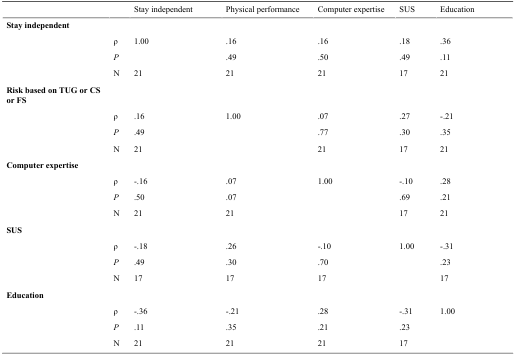
<table><thead><tr><td></td><td></td><td><b>Stay independent</b></td><td><b>Physical performance</b></td><td><b>Computer expertise</b></td><td><b>SUS</b></td><td><b>Education</b></td></tr></thead><tbody><tr><td><b>Stay independent</b></td><td></td><td></td><td></td><td></td><td></td><td></td></tr><tr><td></td><td>ρ</td><td>1.00</td><td>.16</td><td>.16</td><td>.18</td><td>.36</td></tr><tr><td></td><td><i>P</i></td><td></td><td>.49</td><td>.50</td><td>.49</td><td>.11</td></tr><tr><td></td><td>N</td><td>21</td><td>21</td><td>21</td><td>17</td><td>21</td></tr><tr><td><b>Risk based on TUG or CS or FS</b></td><td></td><td></td><td></td><td></td><td></td><td></td></tr><tr><td></td><td>ρ</td><td>.16</td><td>1.00</td><td>.07</td><td>.27</td><td>-.21</td></tr><tr><td></td><td><i>P</i></td><td>.49</td><td></td><td>.77</td><td>.30</td><td>.35</td></tr><tr><td></td><td>N</td><td>21</td><td></td><td>21</td><td>17</td><td>21</td></tr><tr><td><b>Computer expertise</b></td><td></td><td></td><td></td><td></td><td></td><td></td></tr><tr><td></td><td>ρ</td><td>-.16</td><td>.07</td><td>1.00</td><td>-.10</td><td>.28</td></tr><tr><td></td><td><i>P</i></td><td>.50</td><td>.07</td><td></td><td>.69</td><td>.21</td></tr><tr><td></td><td>N</td><td>21</td><td>21</td><td></td><td>17</td><td>21</td></tr><tr><td><b>SUS</b></td><td></td><td></td><td></td><td></td><td></td><td></td></tr><tr><td></td><td>ρ</td><td>-.18</td><td>.26</td><td>-.10</td><td>1.00</td><td>-.31</td></tr><tr><td></td><td><i>P</i></td><td>.49</td><td>.30</td><td>.70</td><td></td><td>.23</td></tr><tr><td></td><td>N</td><td>17</td><td>17</td><td>17</td><td></td><td>17</td></tr><tr><td><b>Education</b></td><td></td><td></td><td></td><td></td><td></td><td></td></tr><tr><td></td><td>ρ</td><td>-.36</td><td>-.21</td><td>.28</td><td>-.31</td><td>1.00</td></tr><tr><td></td><td><i>P</i></td><td>.11</td><td>.35</td><td>.21</td><td>.23</td><td></td></tr><tr><td></td><td>N</td><td>21</td><td>21</td><td>21</td><td>17</td><td></td></tr></tbody></table>